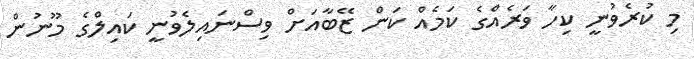
މި ކުރެވުނީ ކިހާ ވަރެއްގެ ކަމެއް ކަން ޒޭބާއަށް ވިސްނައިލެވުނީ ކައިލްގެ މޫނުން